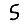
Digit: 5